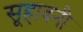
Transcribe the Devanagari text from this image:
सूहावनी